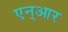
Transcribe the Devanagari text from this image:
एन्‌आर